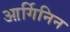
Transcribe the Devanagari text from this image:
आर्गिनिन